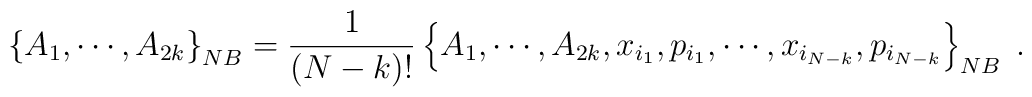
\left\{  A_{1},\cdots,A_{2k}\right\}  _{{\footnotesize NB}}=\frac{1}{\left(N-k\right)  !}\left\{  A_{1},\cdots,A_{2k},x_{i_{1}},p_{i_{1}},\cdots,x_{i_{N-k}},p_{i_{N-k}}\right\}  _{{\footnotesize NB}}\;.